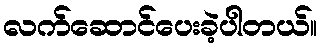
လက်ဆောင်ပေးခဲ့ပါတယ်။